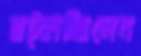
ছট্‌কাচ্ছিলেন